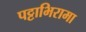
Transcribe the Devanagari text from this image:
पट्टाभिरामा